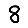
Digit: 8